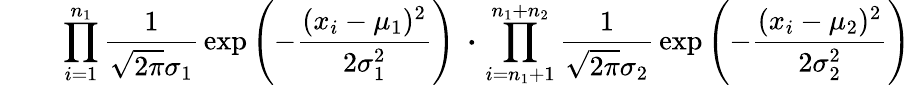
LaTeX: \; \; \; \; \; \; \; \; \prod_{i=1}^{n_{1}}{\frac{1}{{\sqrt{2\pi}}\sigma_{1}}}\exp\left(-{\frac{(x_{i}-\mu_{1})^{2}}{2\sigma_{1}^{2}}}\right)\; \, {\boldsymbol{\cdot}}\, \prod_{i=n_{1}+1}^{n_{1}+n_{2}}{\frac{1}{{\sqrt{2\pi}}\sigma_{2}}}\exp\left(-{\frac{(x_{i}-\mu_{2})^{2}}{2\sigma_{2}^{2}}}\right)